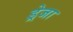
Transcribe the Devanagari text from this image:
ड्रेजा